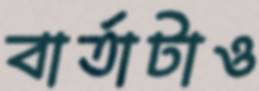
বার্তাটাও